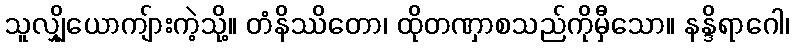
သူလျှိုယောကျ်ားကဲ့သို့။ တံနိဿိတော၊ ထိုတဏှာစသည်ကိုမှီသော။ နန္ဒိရာဂေါ၊